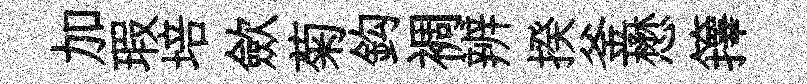
加瑕培歛菊鈎裯辨揆釜懋籜